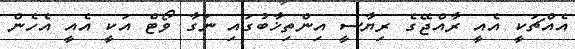
އެއްޗަކީ އެއީ ރާއްޖޭގެ ރިޔާސީ އިންތިޚާބުގައި ނަގާ ވޯޓް އަކީ އެއީ އެހެން